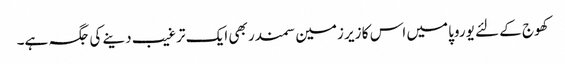
کھوج کے لئے یوروپا میں اس کا زیر زمین سمندر بھی ایک ترغیب دینے کی جگہ ہے۔